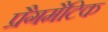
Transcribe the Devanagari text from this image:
प्रैगमैटिक